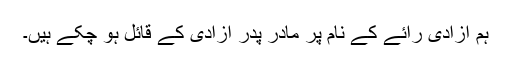
ہم آزادی رائے کے نام پر مادر پدر آزادی کے قائل ہو چکے ہیں۔